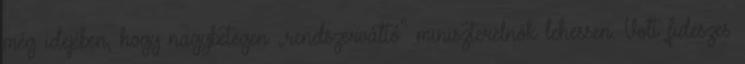
még idejében, hogy nagybe­te­gen „rendszer­váltó” minisz­terelnök lehes­sen. Volt fideszes